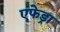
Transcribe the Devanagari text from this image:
एफेड्रा